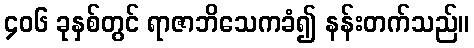
၄၀၆ ခုနှစ်တွင် ရာဇာဘိသေကခံ၍ နန်းတက်သည်။